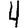
Digit: 4